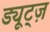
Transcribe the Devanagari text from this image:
ड्यूट्ज़